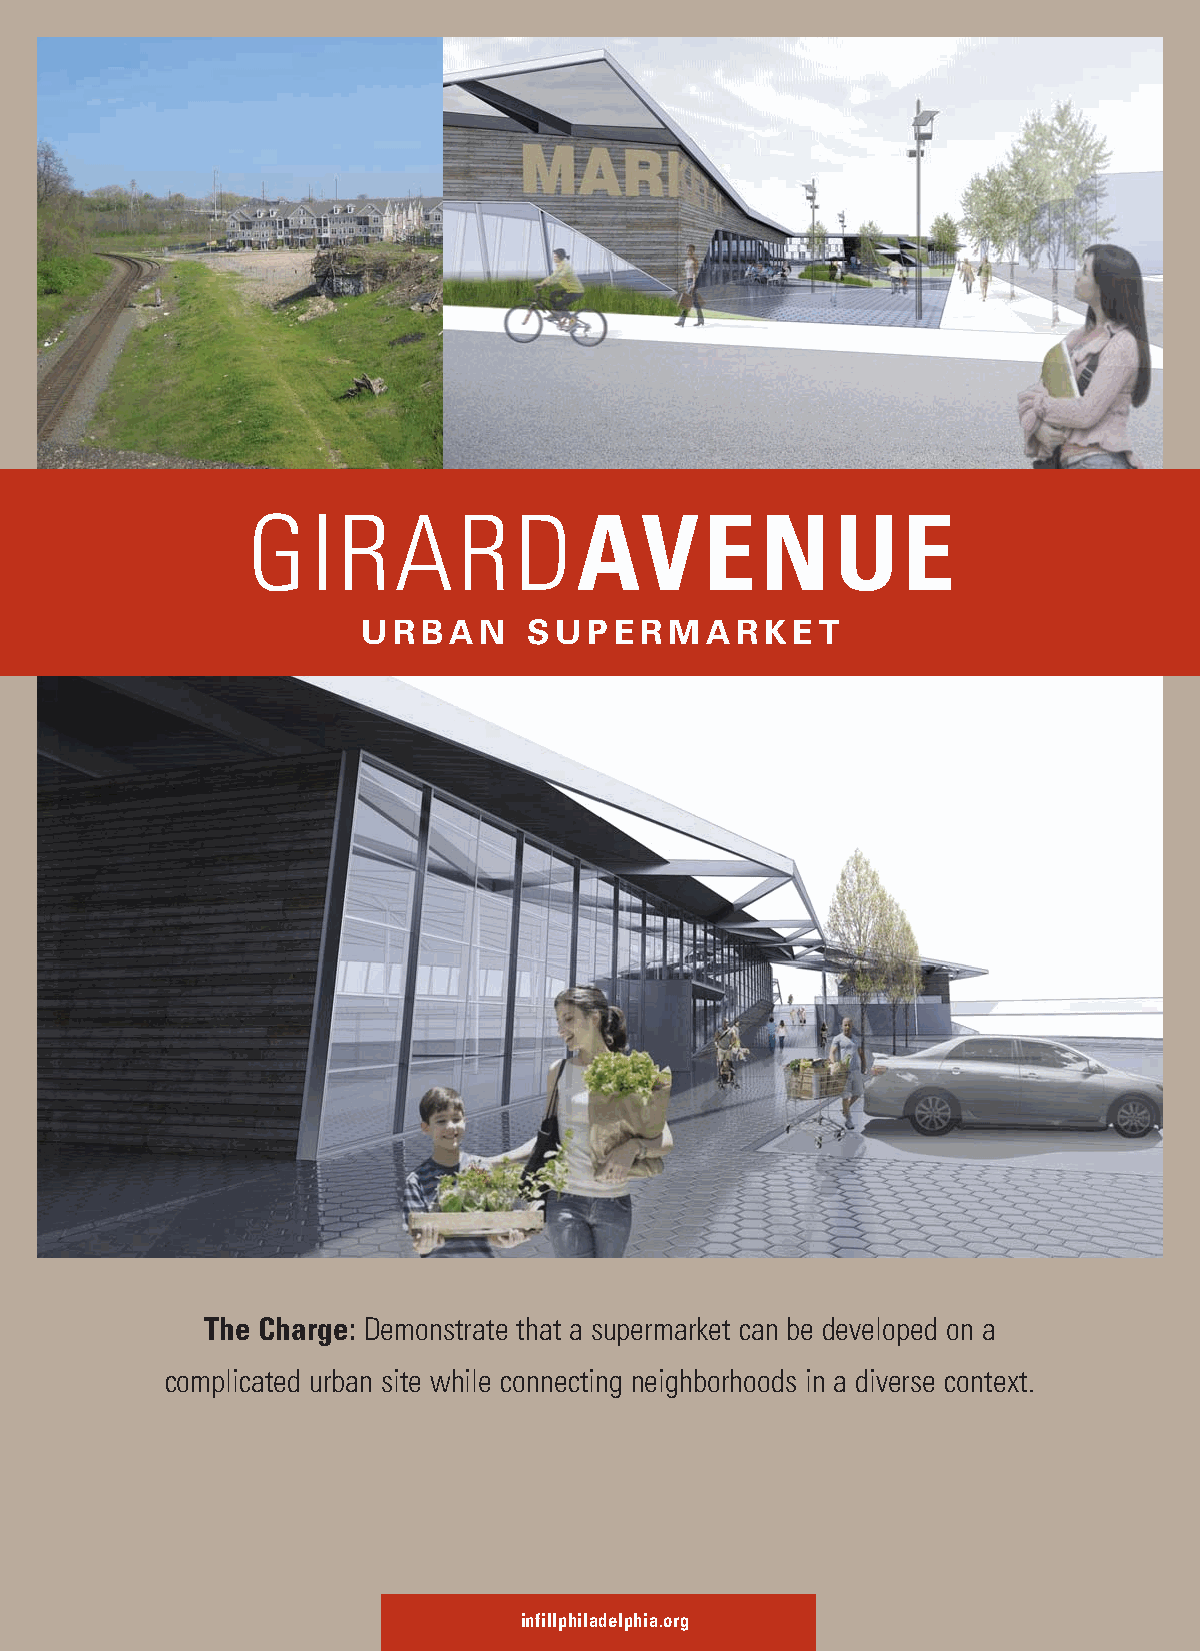
CDCInfillPub_08FIN.qxd 1/15/09 5:06 PM Page 6
 GIRARDAVENUE
 URBAN      SUPERMARKET
 The Charge: Demonstrate that a supermarket can be developed on a
 complicated urban site while connecting neighborhoods in a diverse context.
 infillphiladelphia.org